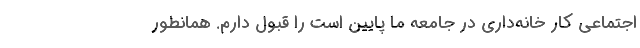
اجتماعی کار خانه‌داری در جامعه ما پایین است را قبول دارم. همانطور